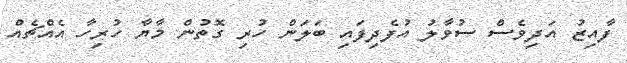
ފާއިޒު އަދިވެސް ސުވާލު އުފެދިފައި ބަލަން ހުރި ގޮތުން މާޔާ ހުރިހާ އެއްޗެއް